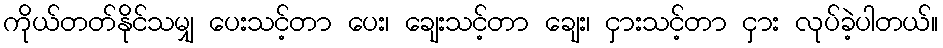
ကိုယ်တတ်နိုင်သမျှ ပေးသင့်တာ ပေး၊ ချေးသင့်တာ ချေး၊ ငှားသင့်တာ ငှား လုပ်ခဲ့ပါတယ်။